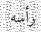
رأسه